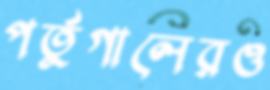
পর্তুগালেরও